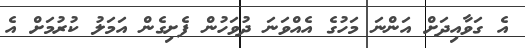
އެ ގަވާއިދަށް އަންނަ މަހުގެ އެއްވަނަ ދުވަހުން ފެށިގެން އަމަލު ކުރުމަށް އެ